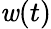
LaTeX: \mathit{w}(t)